DOW-UAP-D60, Mission Report, Persian Gulf, August 2020
Agency: Department of War
Incident date: 8/8/20
Incident location: Persian Gulf
Page 6
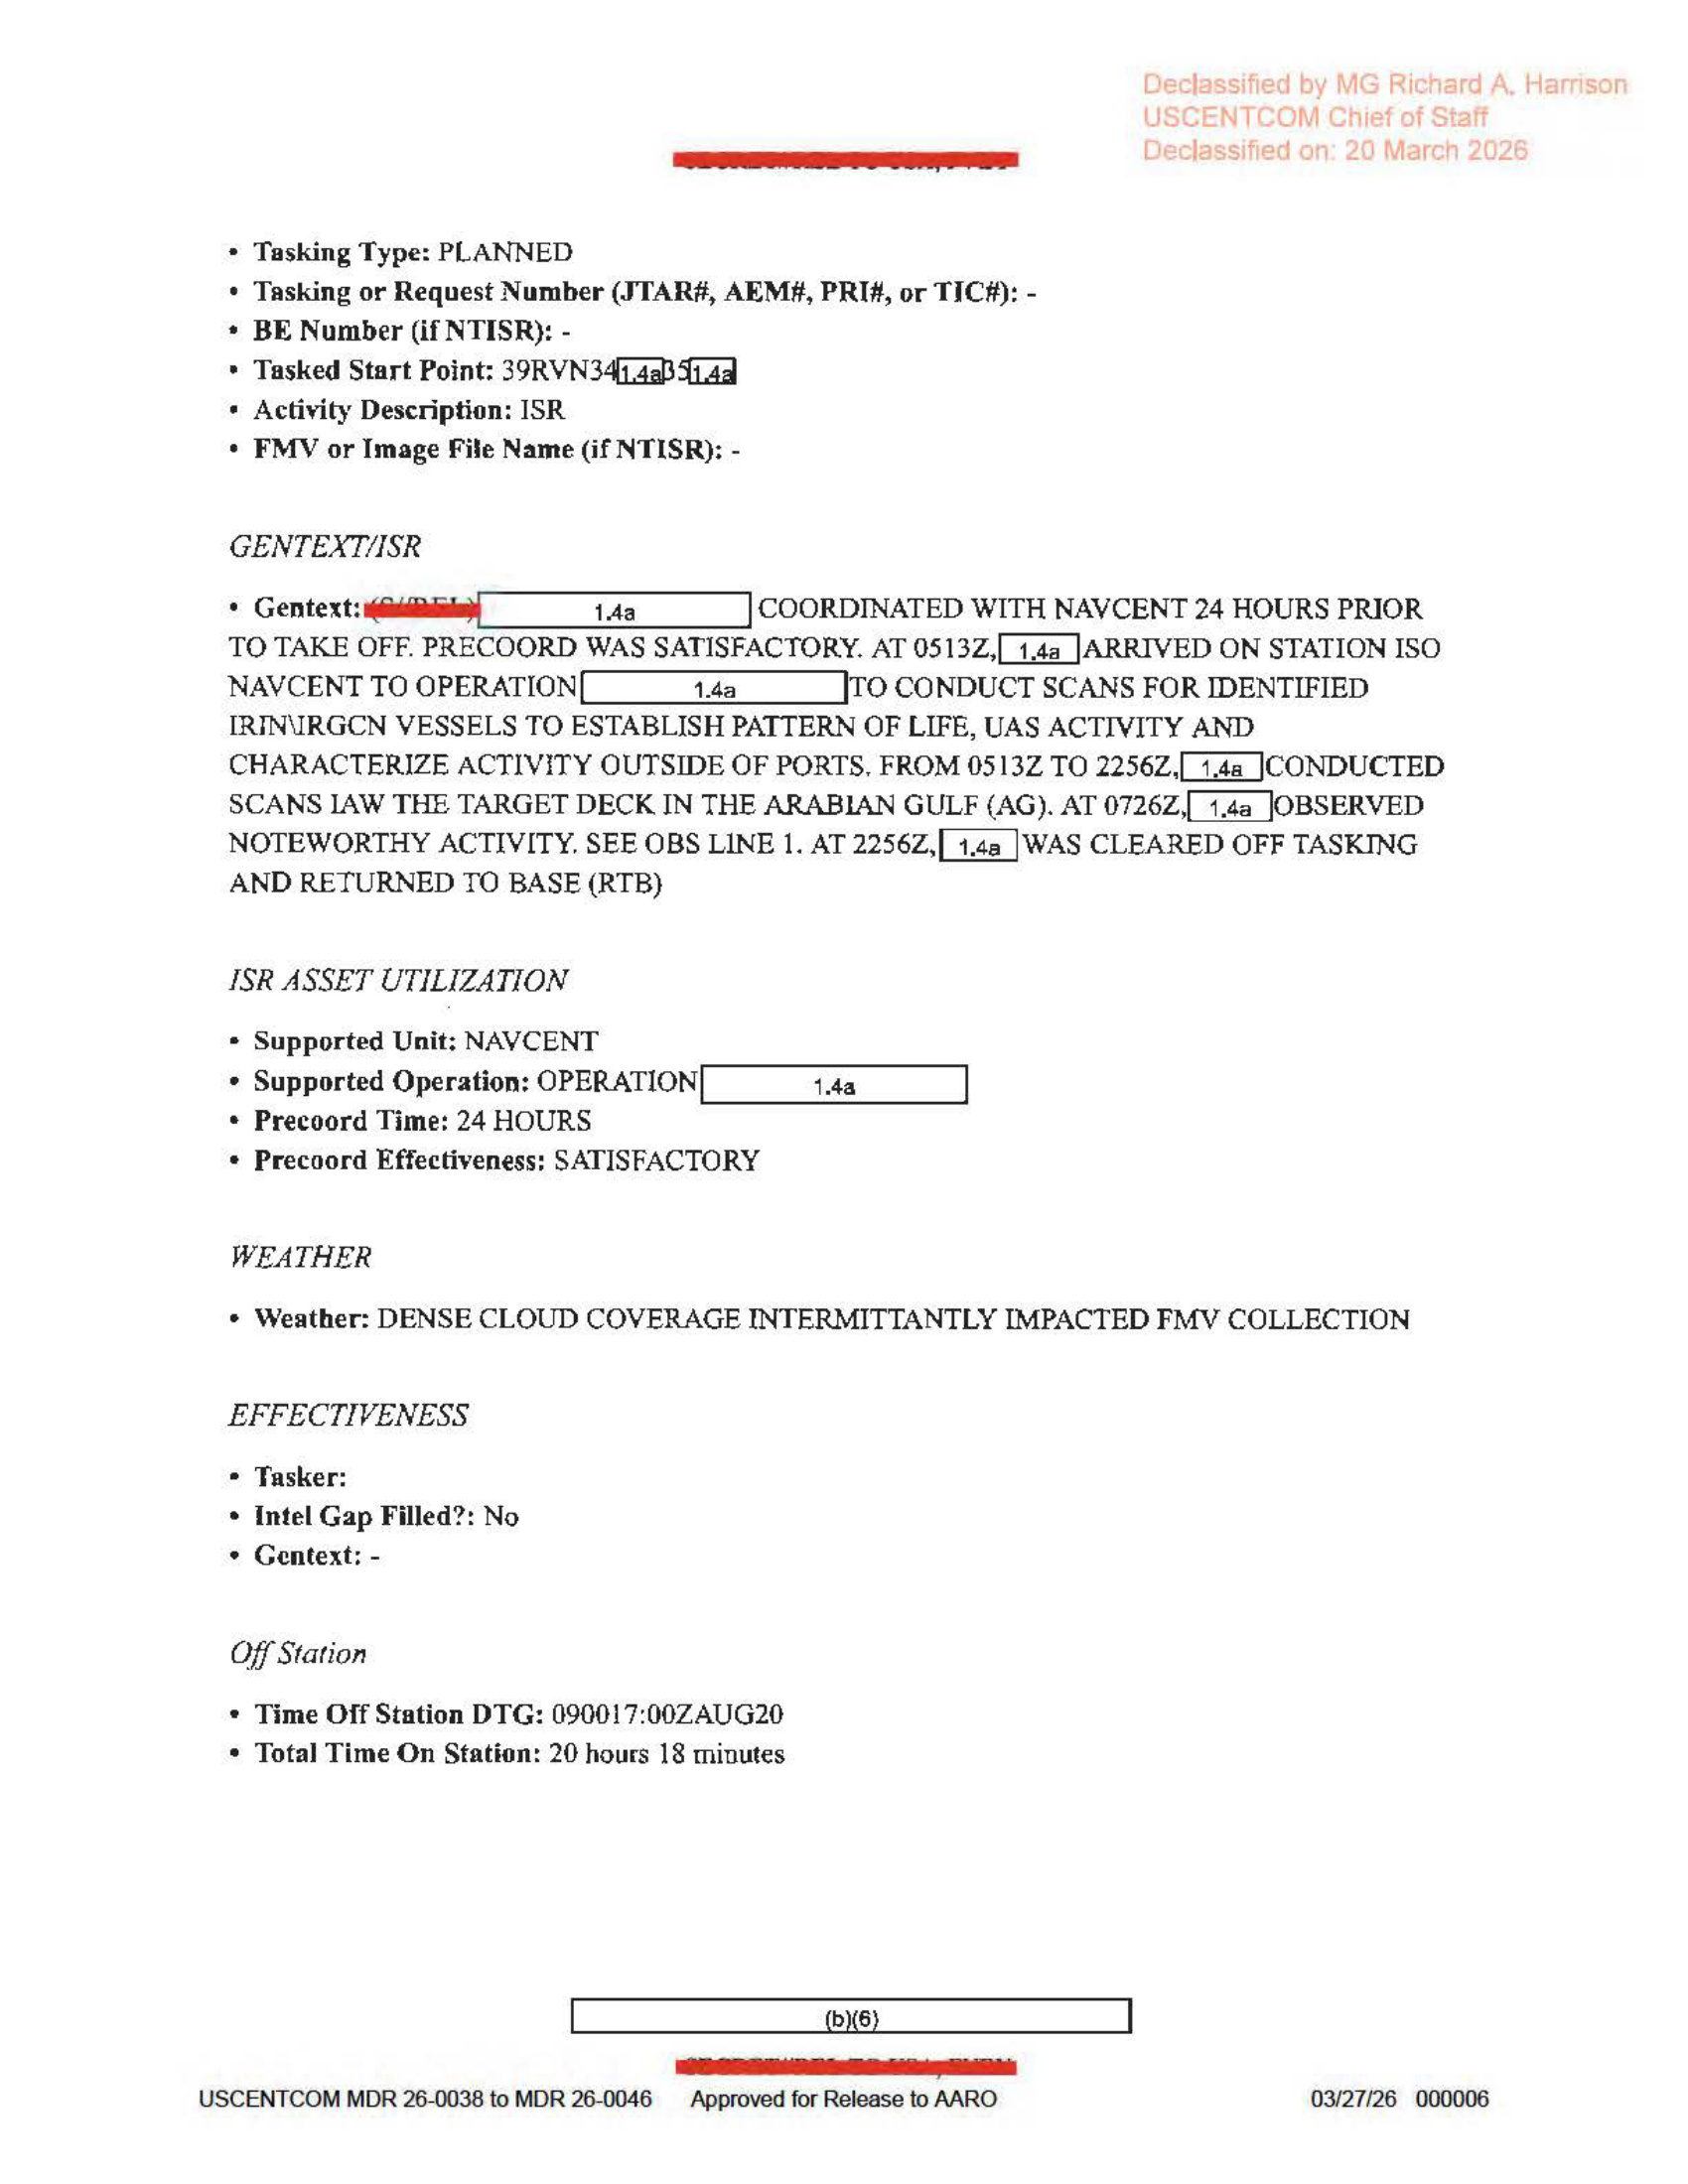